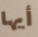
أيها